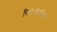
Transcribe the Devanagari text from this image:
रिप्रेजेंटटिव्स